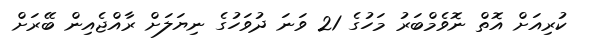
ކުރިއަށް އޮތް ނޮވެމްބަރު މަހުގެ 21 ވަނަ ދުވަހުގެ ނިޔަލަށް ރާއްޖެއިން ބޭރަށް